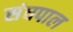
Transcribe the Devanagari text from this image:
संघपाल